Indian journal of veterinary science and animal husbandry - Volume 11,
Year: 1941
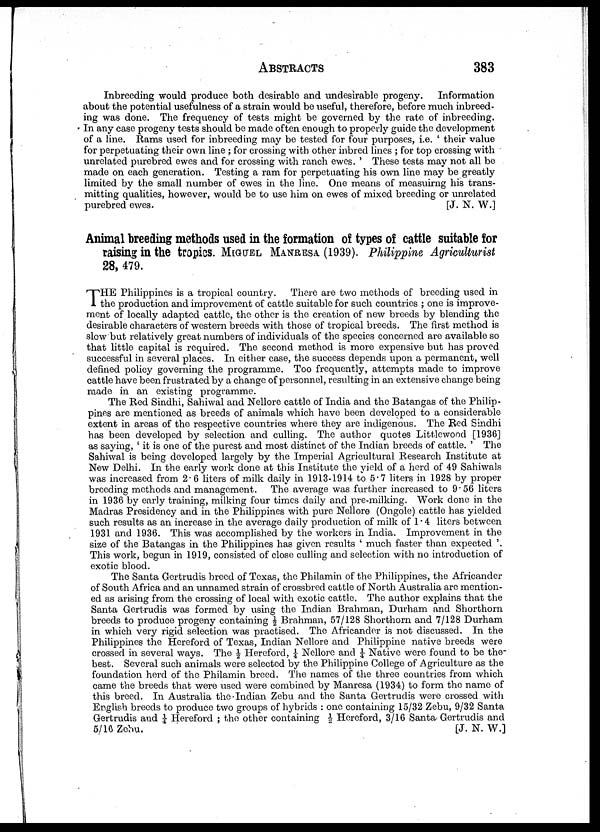
ABSTRACTS 383
Inbreeding would produce both desirable and undesirable progeny.
Information
about the potential usefulness of a strain, would be useful, therefore, before much inbreed-
ing was done. The frequency of tests might be governed by the rate of inbreeding.
In any case progeny tests should be made often enough to properly guide the development
of a line. Rams used for inbreeding may be tested for four purposes, i.e. ' their value
for perpetuating their own line ; for crossing with other inbred lines ; for top crossing with
unrelated purebred ewes and for crossing with ranch ewes. ' These tests may not all be
made on each generation. Testing a ram for perpetuating his own. line may be greatly
limited by the small number of ewes in the line. One means of measuirng his trans-
mitting qualities, however, would be to use him on ewes of mixed breeding or unrelated
purebred ewes.
[J. N. W.]
Animal breeding methods used in the formation of types of cattle suitable for
raising in the tropics. MIGUEL MANRESA (1939). Philippine Agriculturist
28, 479.
T HE Philippines is a tropical country. There are two methods of breeding used in
the production and improvement of cattle suitable for such countries ; one is improve-
ment of locally adapted cattle, the other is the creation of new breeds by blending the
desirable characters of western breeds with those of tropical breeds. The first method is
slow but relatively great numbers of individuals of the species concerned are available so
that little capital is required. The second method is more expensive but has proved
successful in several places. In either case, the success depends upon a permanent, well
defined policy governing the programme. Too frequently, attempts made to improve
cattle have been frustrated by a change of personnel, resulting in an extensive change being
made in an existing programme.
The Red Sindhi, Sahiwal and Nellore cattle of India and the Batangas of the Philip-
pines are mentioned as breeds of animals which have been developed to a considerable
extent in areas of the respective countries where they are indigenous. The Red Sindhi
has been developed by selection and culling. The author quotes Littlewood [1936]
as saying, ' it is one of the purest and most distinct of the Indian breeds of cattle. ' The
Sahiwal is being developed largely by the Imperial Agricultural Research Institute at
New Delhi. In the early work done at this Institute the yield of a herd of 49 Sahiwals
was increased from 2.6 liters of milk daily in 1913-1914 to 5.7 liters in 1928 by proper
breeding methods and management. The average was further increased to 9.56 liters
in 1936 by early training, milking four times daily and pre-milking. Work done in the
Madras Presidency and in the Philippines with pure Nellore (Ongole) cattle has yielded
such results as an increase in the average daily production of milk of 1.4 liters between
1931 and 1936. This was accomplished by the workers in India. Improvement in the
size of the Batangas in the Philippines has given results ' much faster than expected '.
This work, begun in 1919, consisted of close culling and selection with no introduction of
exotic blood.
The Santa Gertrudis breed of Texas, the Philamin of the Philippines, the Africander
of South Africa and an unnamed strain of crossbred cattle of North Australia are mention-
ed as arising from the crossing of local with exotic cattle. The author explains that the
Santa Gertrudis was formed by using the Indian Brahman, Durham and Shorthorn
breeds to produce progeny containing ½ Brahman, 57/128 Shorthorn and 7/128 Durham
in which very rigid selection was practised. The Africander is not discussed. In the
Philippines the Hereford of Texas, Indian Nellore and Philippine native breeds were
crossed in several ways. The ½ Hereford, ¼ Nellore and ¼ Native were found to be the
best. Several such animals were selected by the Philippine College of Agriculture as the
foundation herd of the Philamin breed. The names of the three countries from which
came the breeds that were used were combined by Manresa (1934) to form the name of
this breed. In Australia the •Indian Zebu and the Santa Gertrudis were crossed with
English breeds to produce two groups of hybrids : one containing 15/32 Zebu, 9/32 Santa
Gertrudis and ¼ Hereford ; the other containing ½ Hereford, 3/16 Santa Gertrudis and
5/10 Zebu.
[J. N. W.]